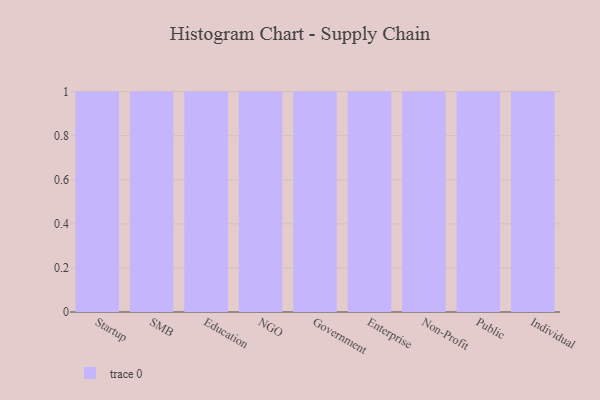
{"axis": {"x": "Segment", "y": "Net Income (USD K)"}, "legend": [""], "data": [{"x": "Startup", "y": 95, "type": ""}, {"x": "SMB", "y": 8, "type": ""}, {"x": "Education", "y": 94, "type": ""}, {"x": "NGO", "y": 33, "type": ""}, {"x": "Government", "y": 25, "type": ""}, {"x": "Enterprise", "y": 22, "type": ""}, {"x": "Non-Profit", "y": 61, "type": ""}, {"x": "Public", "y": 29, "type": ""}, {"x": "Individual", "y": 68, "type": ""}]}